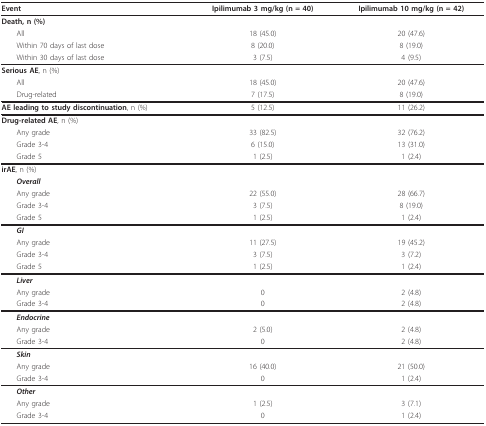
<table><thead><tr><td><b>Event</b></td><td><b>Ipilimumab 3 mg/kg (n = 40)</b></td><td><b>Ipilimumab 10 mg/kg (n = 42)</b></td></tr></thead><tbody><tr><td><b>Death</b>, n (%)</td><td></td><td></td></tr><tr><td> All</td><td>18 (45.0)</td><td>20 (47.6)</td></tr><tr><td> Within 70 days of last dose</td><td>8 (20.0)</td><td>8 (19.0)</td></tr><tr><td> Within 30 days of last dose</td><td>3 (7.5)</td><td>4 (9.5)</td></tr><tr><td><b>Serious AE</b>, n (%)</td><td></td><td></td></tr><tr><td> All</td><td>18 (45.0)</td><td>20 (47.6)</td></tr><tr><td> Drug-related</td><td>7 (17.5)</td><td>8 (19.0)</td></tr><tr><td><b>AE leading to study discontinuation</b>, n (%)</td><td>5 (12.5)</td><td>11 (26.2)</td></tr><tr><td><b>Drug-related AE</b>, n (%)</td><td></td><td></td></tr><tr><td> Any grade</td><td>33 (82.5)</td><td>32 (76.2)</td></tr><tr><td> Grade 3-4</td><td>6 (15.0)</td><td>13 (31.0)</td></tr><tr><td> Grade 5</td><td>1 (2.5)</td><td>1 (2.4)</td></tr><tr><td><b>irAE</b>, n (%)</td><td></td><td></td></tr><tr><td> <b><i>Overall</i></b></td><td></td><td></td></tr><tr><td> Any grade</td><td>22 (55.0)</td><td>28 (66.7)</td></tr><tr><td> Grade 3-4</td><td>3 (7.5)</td><td>8 (19.0)</td></tr><tr><td> Grade 5</td><td>1 (2.5)</td><td>1 (2.4)</td></tr><tr><td> <b><i>GI</i></b></td><td></td><td></td></tr><tr><td> Any grade</td><td>11 (27.5)</td><td>19 (45.2)</td></tr><tr><td> Grade 3-4</td><td>3 (7.5)</td><td>3 (7.2)</td></tr><tr><td> Grade 5</td><td>1 (2.5)</td><td>1 (2.4)</td></tr><tr><td> <b><i>Liver</i></b></td><td></td><td></td></tr><tr><td> Any grade</td><td>0</td><td>2 (4.8)</td></tr><tr><td> Grade 3-4</td><td>0</td><td>2 (4.8)</td></tr><tr><td> <b><i>Endocrine</i></b></td><td></td><td></td></tr><tr><td> Any grade</td><td>2 (5.0)</td><td>2 (4.8)</td></tr><tr><td> Grade 3-4</td><td>0</td><td>2 (4.8)</td></tr><tr><td> <b><i>Skin</i></b></td><td></td><td></td></tr><tr><td> Any grade</td><td>16 (40.0)</td><td>21 (50.0)</td></tr><tr><td> Grade 3-4</td><td>0</td><td>1 (2.4)</td></tr><tr><td> <b><i>Other</i></b></td><td></td><td></td></tr><tr><td> Any grade</td><td>1 (2.5)</td><td>3 (7.1)</td></tr><tr><td> Grade 3-4</td><td>0</td><td>1 (2.4)</td></tr></tbody></table>